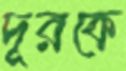
দূরকে